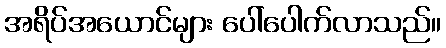
အရိပ်အယောင်များ ပေါ်ပေါက်လာသည်။